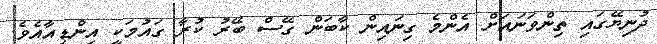
ދުނިޔޭގައި ތިންވަނައަށް އެންމެ ގިނައިން ކާބަން ގޭސް ބޭރު ކުރާ ގައުމަކީ އިންޑިއާއެވެ.